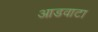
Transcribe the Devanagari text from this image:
आडवाटा